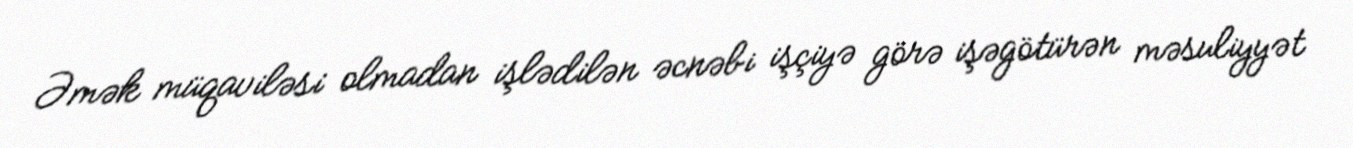
Əmək müqaviləsi olmadan işlədilən əcnəbi işçiyə görə işəgötürən məsuliyyət